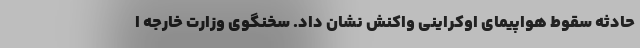
حادثه سقوط هواپیمای اوکراینی واکنش نشان داد. سخنگوی وزارت خارجه ا